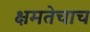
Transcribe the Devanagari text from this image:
क्षमतेचाच